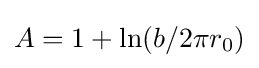
A=1+\ln(b/2\pi r_{0})\,\!